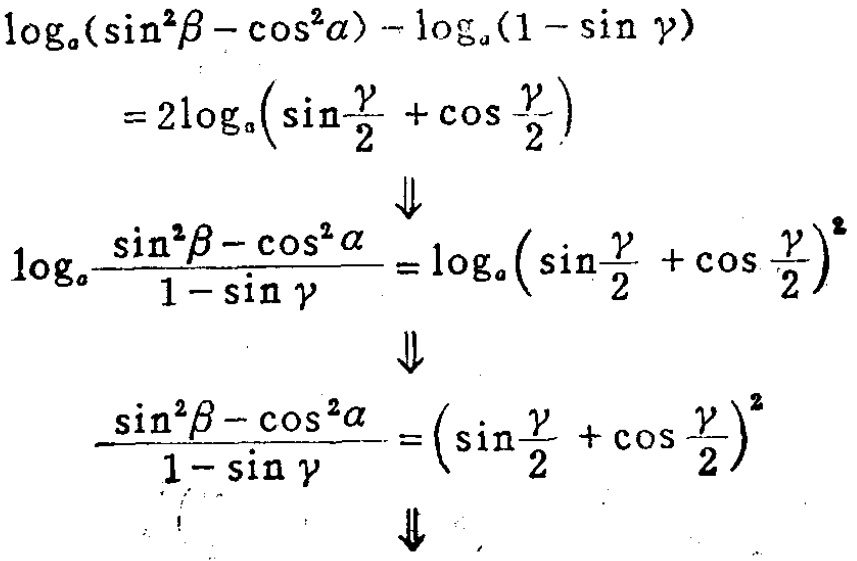
\[\begin{align*}
\log_{a}(\sin^{2}\beta - \cos^{2}\alpha) - \log_{a}(1 - \sin\gamma)&= 2\log_{a}\left(\sin\frac{\gamma}{2}+\cos\frac{\gamma}{2}\right)\\
\Downarrow\\
\log_{a}\frac{\sin^{2}\beta - \cos^{2}\alpha}{1 - \sin\gamma}&=\log_{a}\left(\sin\frac{\gamma}{2}+\cos\frac{\gamma}{2}\right)^{2}\\
\Downarrow\\
\frac{\sin^{2}\beta - \cos^{2}\alpha}{1 - \sin\gamma}&=\left(\sin\frac{\gamma}{2}+\cos\frac{\gamma}{2}\right)^{2}\\
\Downarrow
\end{align*}\]